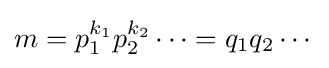
m=p_{1}^{k_{1}}p_{2}^{k_{2}}\cdots =q_{1}q_{2}\cdots